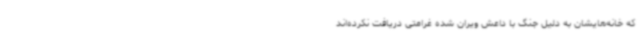
که خانه‌هایشان به دلیل جنگ با داعش ویران شده غرامتی دریافت نکرده‌اند